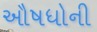
ઔષધોની